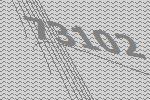
73102